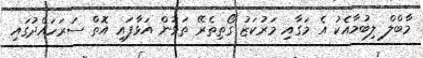
މާބްލް ލިބުމާއެކު އެ މަގާއި މަރުކަޒު ގޯތިތެރޭ ތަޅުން އަޅާފައި އޮތް ސަރަހައްދުގައި